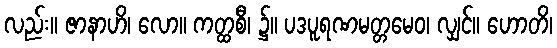
လည်း။ ဇာနာဟိ၊ လော။ ကတ္ထစီ၊ ၌။ ပဒပူရဏမတ္တမေဝ၊ လျှင်။ ဟောတိ၊